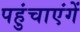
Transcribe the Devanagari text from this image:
पहुंचाएंगें